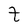
Character: t